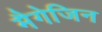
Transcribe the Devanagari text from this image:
मैगेजिन